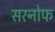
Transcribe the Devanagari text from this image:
सरनोफ